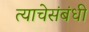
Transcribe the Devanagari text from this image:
त्याचेसंबंधी